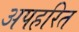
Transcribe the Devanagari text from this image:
अपहरित